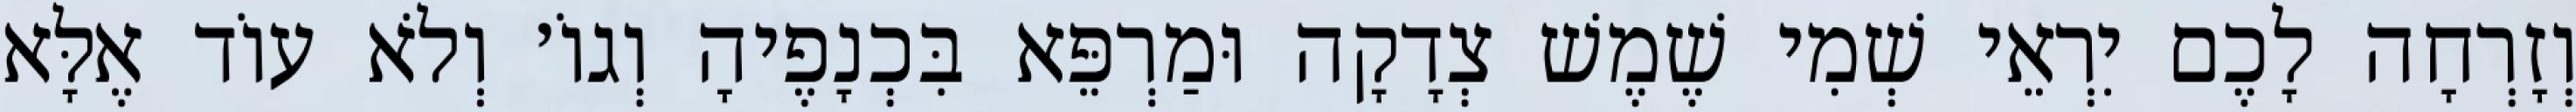
וְזָרְחָה לָכֶם יִרְאֵי שְׁמִי שֶׁמֶשׁ צְדָקָה וּמַרְפֵּא בִּכְנָפֶיהָ וְגוֹ׳ וְלֹא עוֹד אֶלָּא